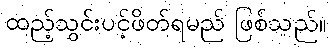
ထည့်သွင်းပင့်ဖိတ်ရမည် ဖြစ်သည်။